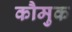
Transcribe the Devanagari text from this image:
कौमुक